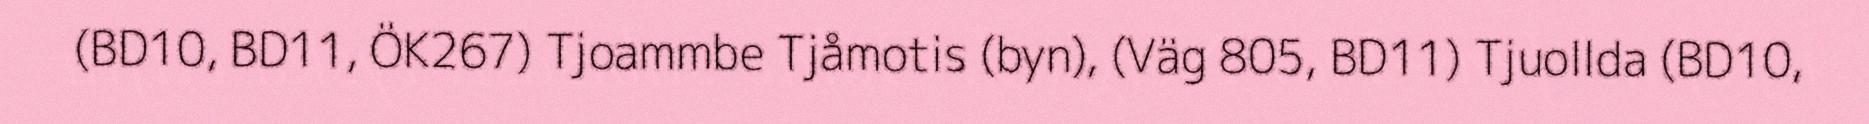
(BD10, BD11, ÖK267) Tjoammbe Tjåmotis (byn), (Väg 805, BD11) Tjuollda (BD10,